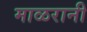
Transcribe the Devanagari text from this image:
माळरानी